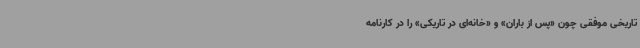
تاریخی موفقی چون «پس از باران» و «خانه‌ای در تاریکی» را در کارنامه